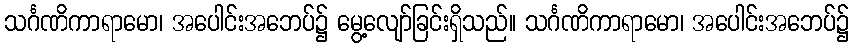
သင်္ဂဏိကာရာမော၊ အပေါင်းအဘေပ်၌ မွေ့လျော်ခြင်းရှိသည်။ သင်္ဂဏိကာရာမော၊ အပေါင်းအဘေပ်၌